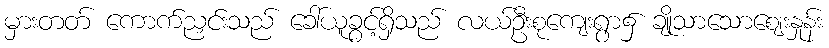
မှားတတ် ကောက်ညှင်းသည် ခေါ်ယူခွင့်ရှိသည် လယ်ဦးစုကျေးရွာ၌ ချိုသာသောဈေးနှုန်း